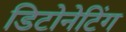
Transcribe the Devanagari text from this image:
डिटोनेटिंग